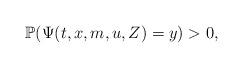
LaTeX: \begin{align*}\mathbb{P}(\Psi(t,x,m,u,Z)=y)>0,\end{align*}